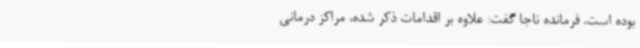
بوده است. فرمانده ناجا گفت: علاوه بر اقدامات ذکر شده، مراکز درمانی